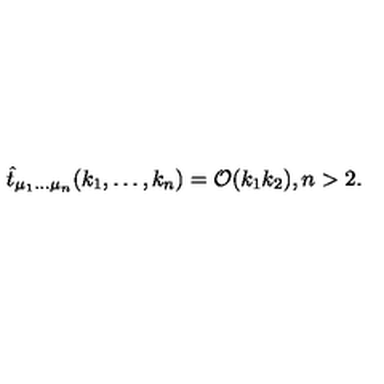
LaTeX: \hat { t } _ { \mu _ { 1 } \ldots \mu _ { n } } ( k _ { 1 } , \ldots , k _ { n } ) = { \cal O } ( k _ { 1 } k _ { 2 } ) , n > 2 .